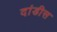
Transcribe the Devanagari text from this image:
दांडीस